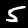
Label: 5